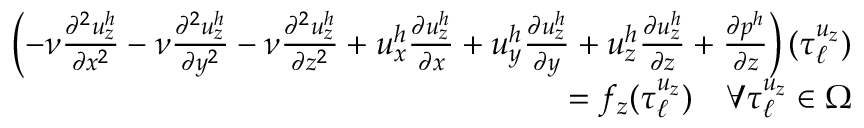
\begin{array} { r } { \left( - \nu \frac { \partial ^ { 2 } u _ { z } ^ { h } } { \partial x ^ { 2 } } - \nu \frac { \partial ^ { 2 } u _ { z } ^ { h } } { \partial y ^ { 2 } } - \nu \frac { \partial ^ { 2 } u _ { z } ^ { h } } { \partial z ^ { 2 } } + u _ { x } ^ { h } \frac { \partial u _ { z } ^ { h } } { \partial x } + u _ { y } ^ { h } \frac { \partial u _ { z } ^ { h } } { \partial y } + u _ { z } ^ { h } \frac { \partial u _ { z } ^ { h } } { \partial z } + \frac { \partial p ^ { h } } { \partial z } \right) ( \boldsymbol { \tau } _ { \ell } ^ { u _ { z } } ) } \\ { = f _ { z } ( \boldsymbol { \tau } _ { \ell } ^ { u _ { z } } ) \quad \forall \boldsymbol { \tau } _ { \ell } ^ { u _ { z } } \in \Omega } \end{array}